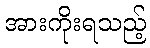
အားကိုးရသည့်